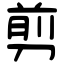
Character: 剪